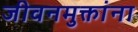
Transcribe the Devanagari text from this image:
जीवनमुक्तांना